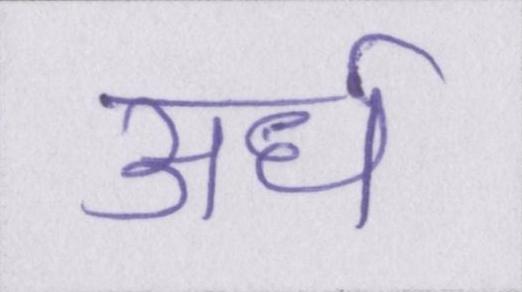
अर्ध